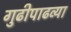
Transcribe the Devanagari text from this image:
गुढीपाढव्या